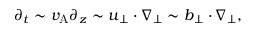
\partial _ { t } \sim v _ { \mathrm { A } } \partial _ { z } \sim \boldsymbol { u } _ { \perp } \cdot \nabla _ { \perp } \sim \boldsymbol { b } _ { \perp } \cdot \nabla _ { \perp } ,